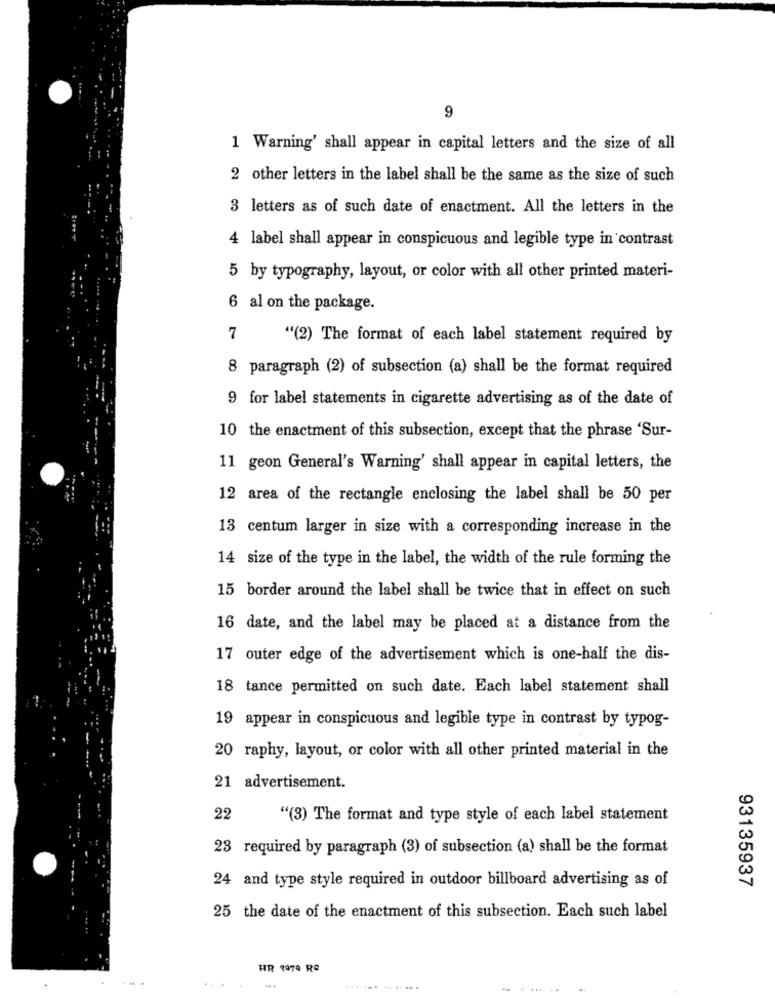
9
1 Warning' shall appear in capital letters and the size of all
2 other letters in the label shall be the same as the size of such
3 letters as of such date of enactment. All the letters in the
4 label shall appear in conspicuous and legible type in contrast
5 by typography, layout, or color with all other printed materi-
6 al on the package.
7
"(2) The format of each label statement required by
8 paragraph (2) of subsection (a) shall be the format required
9 for label statements in cigarette advertising as of the date of
10 the enactment of this subsection, except that the phrase 'Sur-
11 geon General's Warning' shall appear in capital letters, the
12 area of the rectangle enclosing the label shall be 50 per
13 centum larger in size with a corresponding increase in the
14 size of the type in the label, the width of the rule forming the
15 border around the label shall be twice that in effect on such
16 date, and the label may be placed at a distance from the
17 outer edge of the advertisement which is one-half the dis-
18 tance permitted on such date. Each label statement shall
19 appear in conspicuous and legible type in contrast by typog-
20 raphy, layout, or color with all other printed material in the
21 advertisement.
22
"(3) The format and type style of each label statement
23 required by paragraph (3) of subsection (a) shall be the format
24 and type style required in outdoor billboard advertising as of
93135937
25 the date of the enactment of this subsection. Each such label
HR 1974 Re